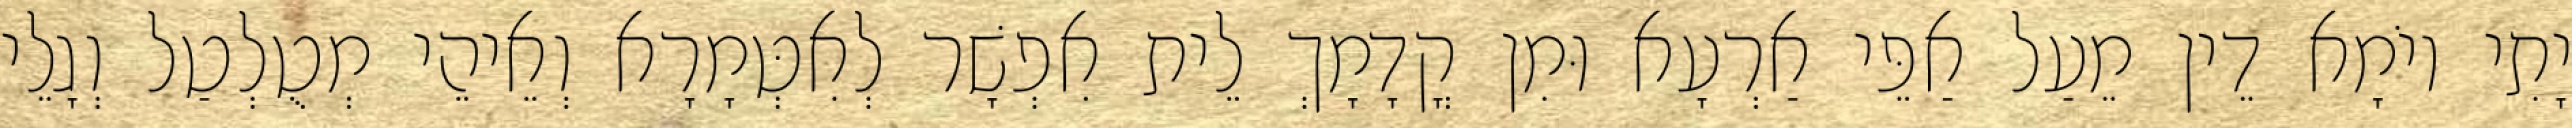
יָתִי יוֹמָא דֵין מֵעַל אַפֵּי אַרְעָא וּמִן קֳדָמָךְ לֵית אִפְשָׁר לְאִטְּמָרָא וְאֵיהֵי מְטֻלְטַל וְגָלֵי